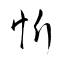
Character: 忻